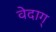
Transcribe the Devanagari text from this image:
वेदाग्